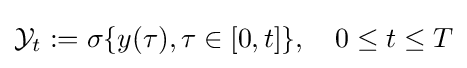
{\cal {Y}}_{t}:=\sigma \{y(\tau ),\tau \in [0,t]\},\quad 0\leq t\leq T